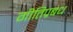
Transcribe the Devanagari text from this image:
गीतिप्रबंध